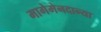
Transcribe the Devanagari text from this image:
मागेमेनदान्या